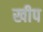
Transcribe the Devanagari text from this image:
खीप